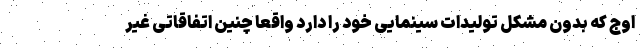
اوج که بدون مشکل تولیدات سینمایی خود را دارد واقعا چنین اتفاقاتی غیر